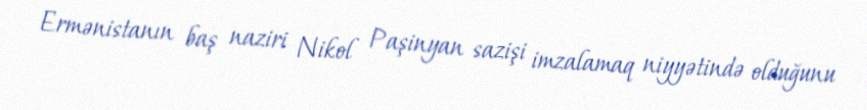
Ermənistanın baş naziri Nikol Paşinyan sazişi imzalamaq niyyətində olduğunu